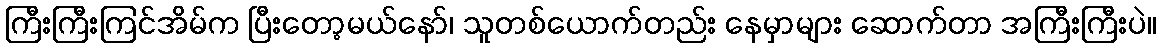
ကြီးကြီးကြင်အိမ်က ပြီးတော့မယ်နော်၊ သူတစ်ယောက်တည်း နေမှာများ ဆောက်တာ အကြီးကြီးပဲ။